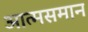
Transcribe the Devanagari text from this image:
आत्मसमान